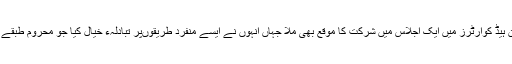
دریں اثنا ء ڈاکٹر عمر سیف کو بل گیٹس فائونڈیشن ہیڈ کوارٹرز میں ایک اجلاس میں شرکت کا موقع بھی ملا جہاں انہوں نے ایسے منفرد طریقوںپر تبادلہء خیال کیا جو محروم طبقے کوڈیجیٹل مالیات تک رسائی فراہم کر سکتے ہیں۔